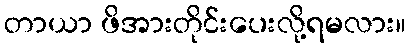
တာယာ ဖိအားတိုင်းပေးလို့ရမလား။